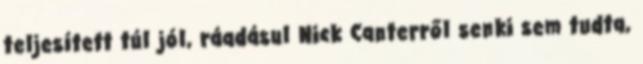
teljesített túl jól, ráadásul Nick Canterről senki sem tudta,